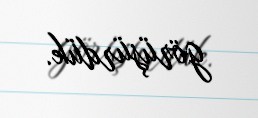
görüşürdük.